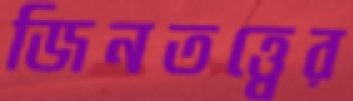
জিনতত্ত্বের